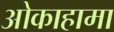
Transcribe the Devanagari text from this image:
ओकाहामा